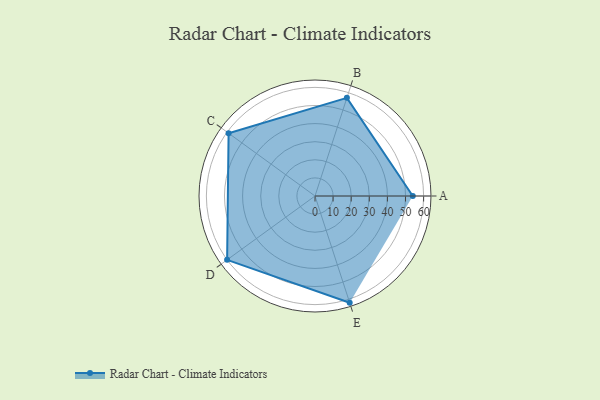
{"axis": {"x": "Skill", "y": "Score"}, "legend": ["Profile"], "data": [{"x": "A", "y": 54.0, "type": "Profile"}, {"x": "B", "y": 57.0, "type": "Profile"}, {"x": "C", "y": 59.0, "type": "Profile"}, {"x": "D", "y": 60.0, "type": "Profile"}, {"x": "E", "y": 62.0, "type": "Profile"}]}